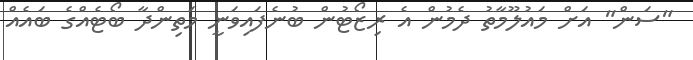
"ސަން" އަށް މައުލޫމާތު ދެމުން އެ ރިޒޯޓުން ބުނެފައިވަނީ މަތިންދާ ބޯޓެއްގެ ބައެއް